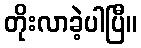
တိုးလာခဲ့ပါပြီ။